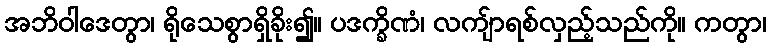
အဘိဝါဒေတွာ၊ ရိုသေစွာရှိခိုး၍။ ပဒက္ခိဏံ၊ လကျ်ာရစ်လှည့်သည်ကို။ ကတွာ၊